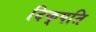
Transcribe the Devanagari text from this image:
दिक्‌पति